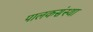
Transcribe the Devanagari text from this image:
पालकसंस्था